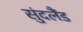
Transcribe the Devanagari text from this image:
सुंदलैंड